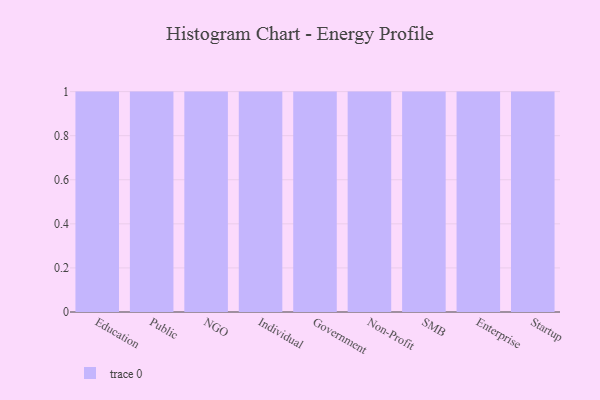
{"axis": {"x": "Segment", "y": "Waste Production (Tons)"}, "legend": [""], "data": [{"x": "Education", "y": 77, "type": ""}, {"x": "Public", "y": 18, "type": ""}, {"x": "NGO", "y": 68, "type": ""}, {"x": "Individual", "y": 75, "type": ""}, {"x": "Government", "y": 51, "type": ""}, {"x": "Non-Profit", "y": 23, "type": ""}, {"x": "SMB", "y": 94, "type": ""}, {"x": "Enterprise", "y": 21, "type": ""}, {"x": "Startup", "y": 50, "type": ""}]}